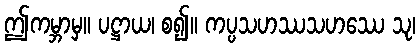
ဤကမ္ဘာမှ။ ပဋ္ဌာယ၊ စ၍။ ကပ္ပသဟဿသဟဿေ သု၊